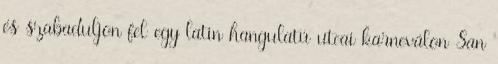
és szabaduljon fel egy latin hangulatú utcai karneválon San